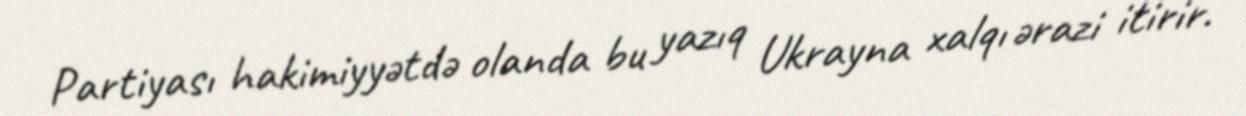
Partiyası hakimiyyətdə olanda bu yazıq Ukrayna xalqı ərazi itirir.